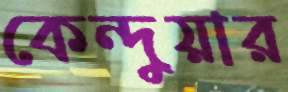
কেন্দুয়ার